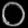
Digit: ၀